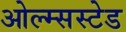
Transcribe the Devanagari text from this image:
ओल्म्सस्टेड